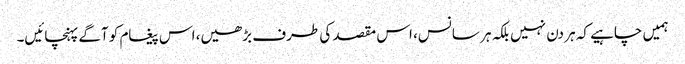
ہمیں چاہیے کہ ہر دن نہیں بلکہ ہر سانس، اس مقصد کی طرف بڑھیں، اس پیغام کو آگے پہنچائیں۔